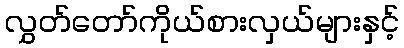
လွှတ်တော်ကိုယ်စားလှယ်များနှင့်